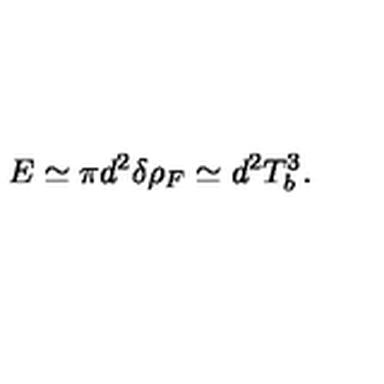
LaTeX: E \simeq \pi d ^ { 2 } \delta \rho _ { F } \simeq d ^ { 2 } T _ { b } ^ { 3 } .